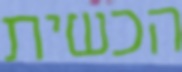
הכשית